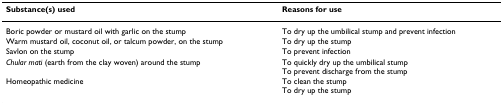
<table><thead><tr><td><b>Substance(s) used</b></td><td><b>Reasons for use</b></td></tr></thead><tbody><tr><td>Boric powder or mustard oil with garlic on the stump</td><td>To dry up the umbilical stump and prevent infection</td></tr><tr><td>Warm mustard oil, coconut oil, or talcum powder, on the stump</td><td>To dry up the stump</td></tr><tr><td>Savlon on the stump</td><td>To prevent infection</td></tr><tr><td><i>Chular mati </i>(earth from the clay woven) around the stump</td><td>To quickly dry up the umbilical stumpTo prevent discharge from the stump</td></tr><tr><td>Homeopathic medicine</td><td>To clean the stumpTo dry up the stump</td></tr></tbody></table>